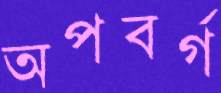
অপবর্গ